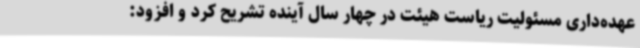
عهده‌داری مسئولیت ریاست هیئت در چهار سال آینده تشریح کرد و افزود: